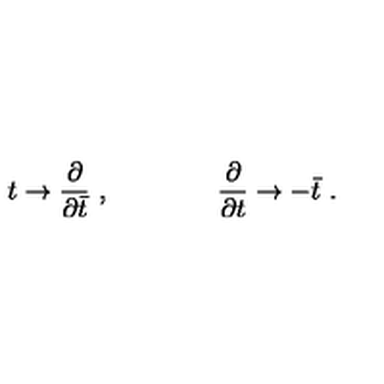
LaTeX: t \rightarrow { \frac { \partial } { \partial \bar { t } } } \ , \qquad \qquad { \frac { \partial } { \partial t } } \rightarrow - \bar { t } \ .